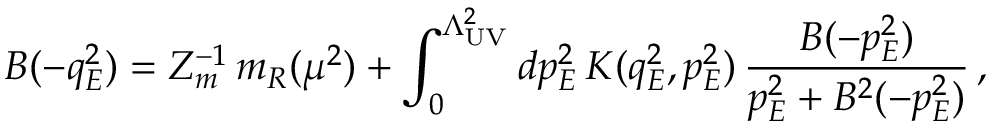
B ( - q _ { E } ^ { 2 } ) = Z _ { m } ^ { - 1 } \, m _ { R } ( \mu ^ { 2 } ) + \int _ { 0 } ^ { \Lambda _ { \mathrm { U V } } ^ { 2 } } d p _ { E } ^ { 2 } \, K ( q _ { E } ^ { 2 } , p _ { E } ^ { 2 } ) \, \frac { B ( - p _ { E } ^ { 2 } ) } { p _ { E } ^ { 2 } + B ^ { 2 } ( - p _ { E } ^ { 2 } ) } \, ,